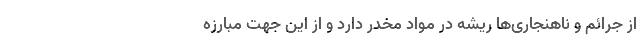
از جرائم و ناهنجاری‌ها ریشه در مواد مخدر دارد و از این جهت مبارزه